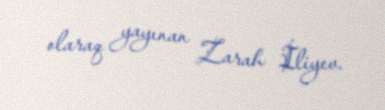
olaraq yayınan Zarah İliyev.